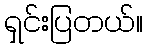
ရှင်းပြတယ်။